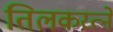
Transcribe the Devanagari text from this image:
तिलकरत्‍ने